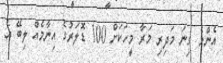
އެންމެ ގިނަ މަދިރި މަރާ މީހަކަށް 100 ޑޮލަރުގެ އިނާމެއް ލިބޭ އެ